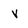
Character: V